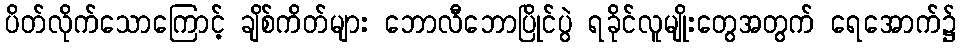
ပိတ်လိုက်သောကြောင့် ချိစ်ကိတ်များ ဘောလီဘောပြိုင်ပွဲ ရခိုင်လူမျိုးတွေအတွက် ရေအောက်၌